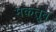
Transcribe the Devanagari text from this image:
मकतूब